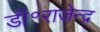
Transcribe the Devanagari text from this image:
डॉ॰राजेन्द्र